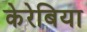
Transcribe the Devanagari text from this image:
केरेबिया